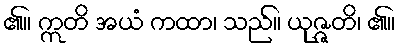
၏။ ဣတိ အယံ ကထာ၊ သည်။ ယုဇ္ဇတိ၊ ၏။